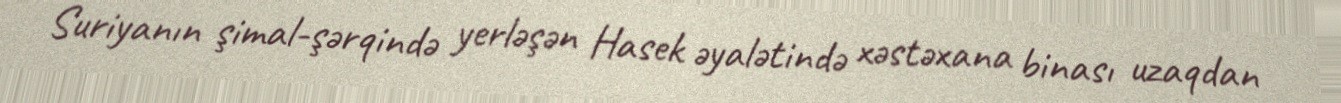
Suriyanın şimal-şərqində yerləşən Hasek əyalətində xəstəxana binası uzaqdan